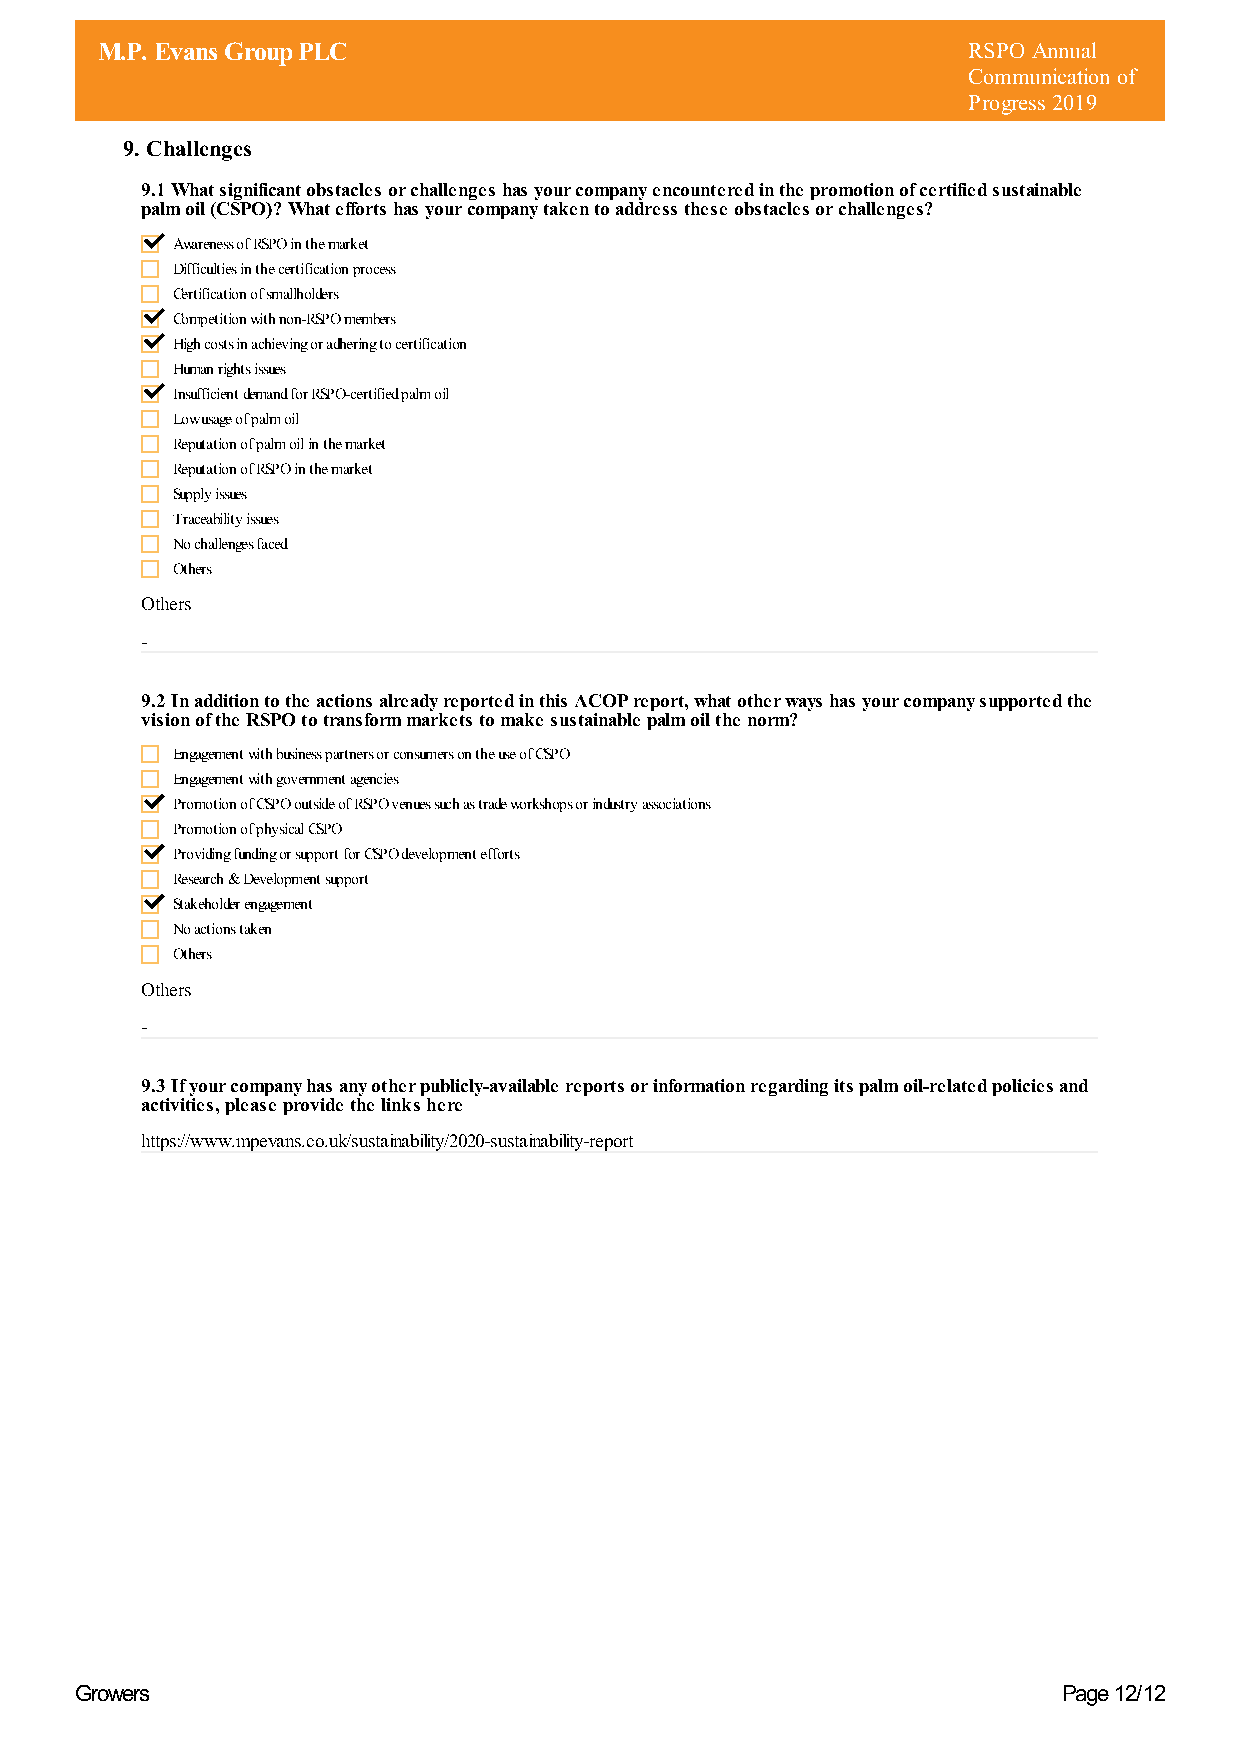
M.P. Evans Group PLC                                      RSPO Annual
 Communication of
 Progress 2019
 9. Challenges
 9.1 What significant obstacles or challenges has your company encountered in the promotion of certified sustainable
 palm oil (CSPO)? What efforts has your company taken to address these obstacles or challenges?
 Awareness of RSPO in the market
 Difficulties in the certification process
 Certification of smallholders
 Competition with non-RSPO members
 High costs in achieving or adhering to certification
 Human rights issues
 Insufficient demand for RSPO-certified palm oil
 Low usage of palm oil
 Reputation of palm oil in the market
 Reputation of RSPO in the market
 Supply issues
 Traceability issues
 No challenges faced
 Others
 Others
 -
 9.2 In addition to the actions already reported in this ACOP report, what other ways has your company supported the
 vision of the RSPO to transform markets to make sustainable palm oil the norm?
 Engagement with business partners or consumers on the use of CSPO
 Engagement with government agencies
 Promotion of CSPO outside of RSPO venues such as trade workshops or industry associations
 Promotion of physical CSPO
 Providing funding or support for CSPO development efforts
 Research & Development support
 Stakeholder engagement
 No actions taken
 Others
 Others
 -
 9.3 If your company has any other publicly-available reports or information regarding its palm oil-related policies and
 activities, please provide the links here
 https://www.mpevans.co.uk/sustainability/2020-sustainability-report
 Growers                                                          Page 12/12